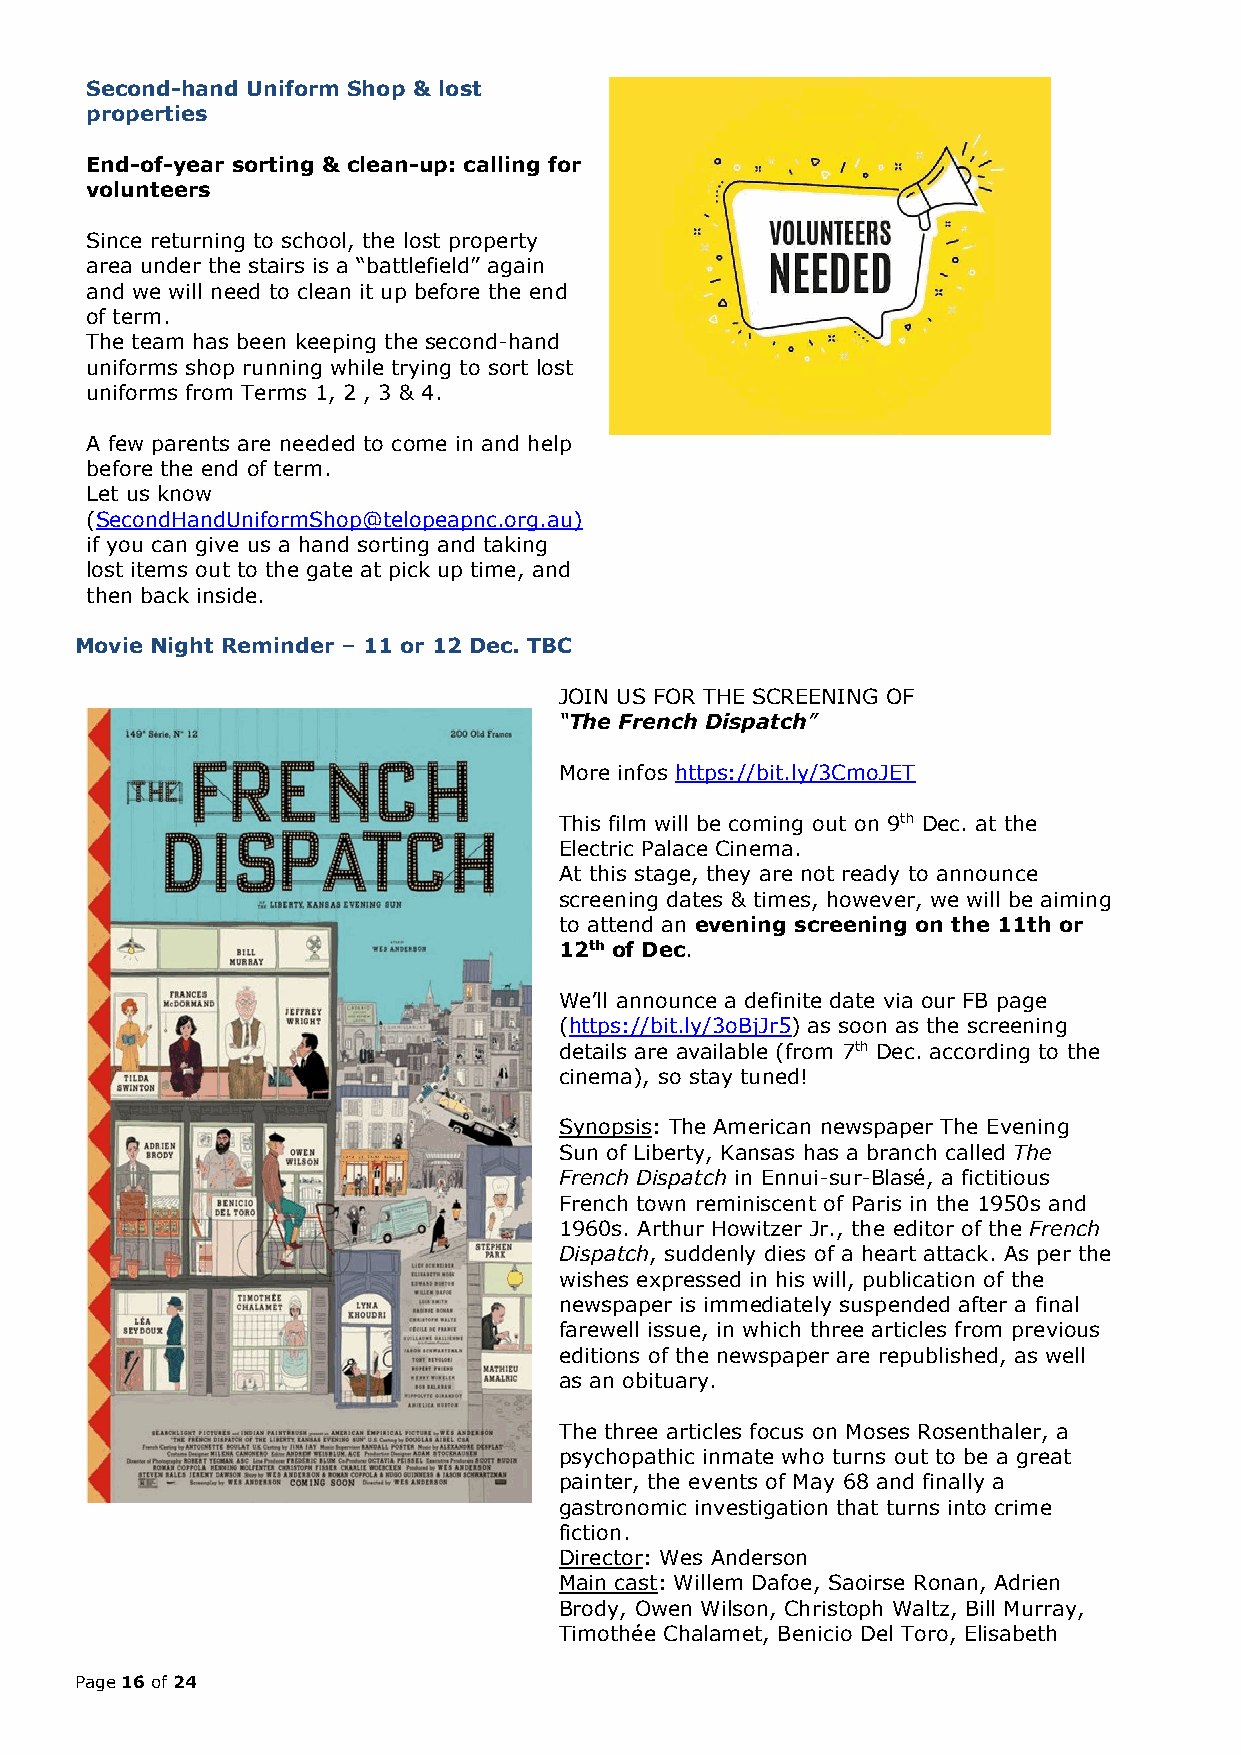
Second-hand Uniform Shop & lost
 properties
 End-of-year sorting & clean-up: calling for
 volunteers
 Since returning to school, the lost property
 area under the stairs is a “battlefield” again
 and we will need to clean it up before the end
 of term.
 The team has been keeping the second-hand
 uniforms shop running while trying to sort lost
 uniforms from Terms 1, 2 , 3 & 4.
 A few parents are needed to come in and help
 before the end of term.
 Let us know
 (SecondHandUniformShop@telopeapnc.org.au)
 if you can give us a hand sorting and taking
 lost items out to the gate at pick up time, and
 then back inside.
 Movie Night Reminder – 11 or 12 Dec. TBC
 JOIN US FOR THE SCREENING OF
 “The French Dispatch”
 More infos https://bit.ly/3CmoJET
 This film will be coming out on 9th Dec. at the
 Electric Palace Cinema.
 At this stage, they are not ready to announce
 screening dates & times, however, we will be aiming
 to attend an evening screening on the 11th or
 12th of Dec.
 We’ll announce a definite date via our FB page
 (https://bit.ly/3oBjJr5) as soon as the screening
 details are available (from 7th Dec. according to the
 cinema), so stay tuned!
 Synopsis: The American newspaper The Evening
 Sun of Liberty, Kansas has a branch called The
 French Dispatch in Ennui-sur-Blasé, a fictitious
 French town reminiscent of Paris in the 1950s and
 1960s. Arthur Howitzer Jr., the editor of the French
 Dispatch, suddenly dies of a heart attack. As per the
 wishes expressed in his will, publication of the
 newspaper is immediately suspended after a final
 farewell issue, in which three articles from previous
 editions of the newspaper are republished, as well
 as an obituary.
 The three articles focus on Moses Rosenthaler, a
 psychopathic inmate who turns out to be a great
 painter, the events of May 68 and finally a
 gastronomic investigation that turns into crime
 fiction.
 Director: Wes Anderson
 Main cast: Willem Dafoe, Saoirse Ronan, Adrien
 Brody, Owen Wilson, Christoph Waltz, Bill Murray,
 Timothée Chalamet, Benicio Del Toro, Elisabeth
 Page 16 of 24